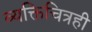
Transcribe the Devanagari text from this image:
व्यक्तिचित्रही